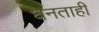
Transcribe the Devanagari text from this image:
घनताही